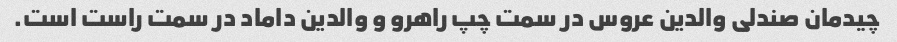
چیدمان صندلی والدین عروس در سمت چپ راهرو و والدین داماد در سمت راست است.